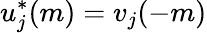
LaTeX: u_{j}^{*}(m)=v_{j}(-m)